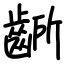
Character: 齭